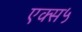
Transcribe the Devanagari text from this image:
एक्स५